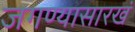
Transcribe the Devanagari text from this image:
जगण्यासारखं